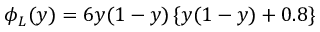
{ \phi } _ { L } ( y ) = 6 y ( 1 - y ) \left\{ y ( 1 - y ) + 0 . 8 \right\}